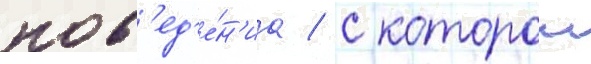
пов'ед'е́н'иа / с которои